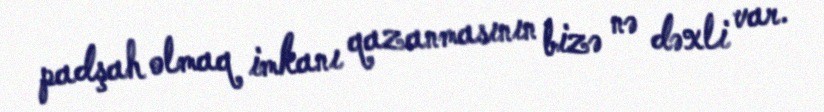
padşah olmaq imkanı qazanmasının bizə nə dəxli var.